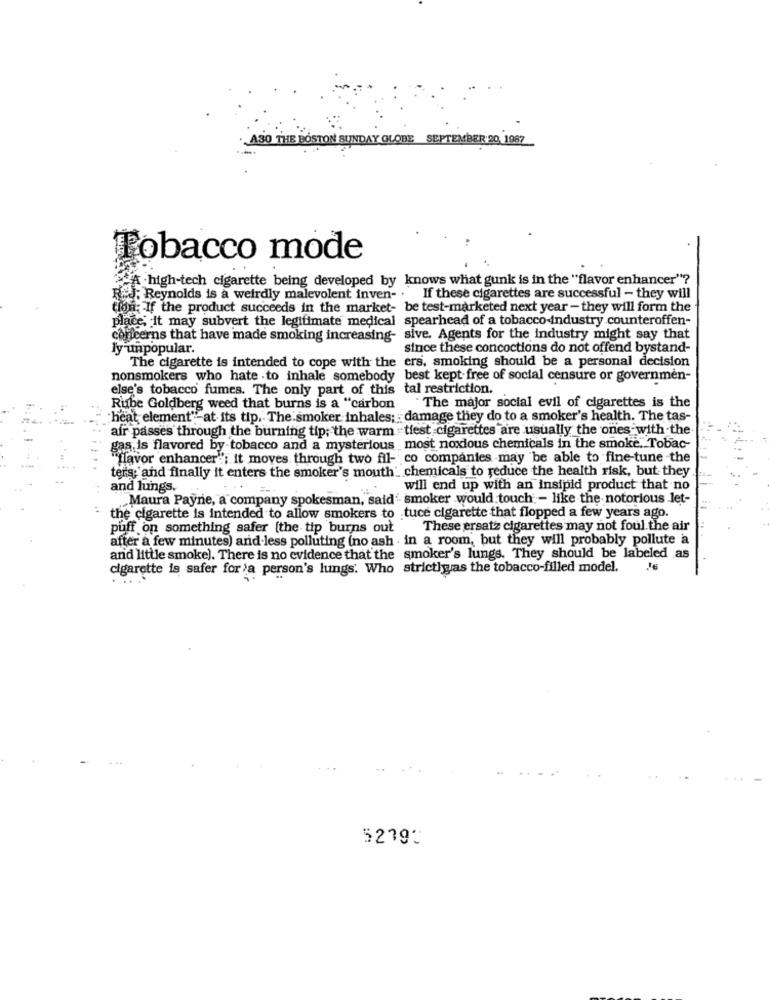
A30 THE BOSTON SUNDAY GLOBE SEPTEMBER 20 1987
Tobacco mode
A high-tech cigarette being developed by knows what gunk is in the "flavor enhancer"?
R.J. Reynolds is a weirdly malevolent inven- . If these cigarettes are successful - they will
tidn; If the product succeeds in the market- be test-marketed next year - they will form the
place, It may subvert the legitimate medical spearhead of a tobacco industry counteroffen-
concerns that have made smoking increasing- sive. Agents for the industry might say that
ly unpopular.
since these concoctions do not offend bystand-
The cigarette is intended to cope with the ers, smoking should be a personal decision
nonsmokers who hate .to inhale somebody best kept free of social censure or governmen-
else's tobacco fumes. The only part of this tal restriction.
Rube Goldberg weed that burns is a "carbon
The major social evil of cigarettes is the
"heat element""at its tip. The smoker inhales; : damage they do to a smoker's health. The tas-
air passes through the burning tip; the warm tiest cigarettes are usually the ones with the
gas is flavored by tobacco and a mysterious most noxious chemicals in the smoke. Tobac-
"flavor enhancer"; it moves through two fil- co companies may be able to fine-tune the
ters; and finally it enters the smoker's mouth' chemicals to reduce the health risk, but they
and lungs.
.. .
will end up with an insipid product that no
Maura Payne, a company spokesman, said' smoker would touch - like the notorious let-
the cigarette is intended to allow smokers to tuce cigarette that flopped a few years ago.
puff on something safer [the tip burns out
These ersatz cigarettes may not foul the air
after a few minutes) and-less polluting (no ash . in a room, but they will probably pollute a
and little smoke). There is no evidence that the smoker's lungs. They should be labeled as
cigarette is safer for a person's lungs. Who strictlyas the tobacco-filled model.
5279: